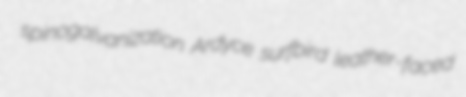
spinogalvanization Ardyce surfbird leather-faced